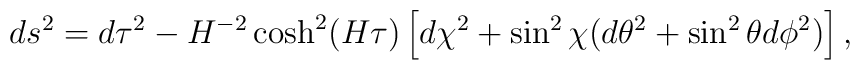
ds^2 = d\tau^2 - H^{-2} \cosh^2(H\tau) \left[d\chi^2 + \sin^2 \chi (d\theta^2 + \sin^2 \theta d\phi^2)\right],